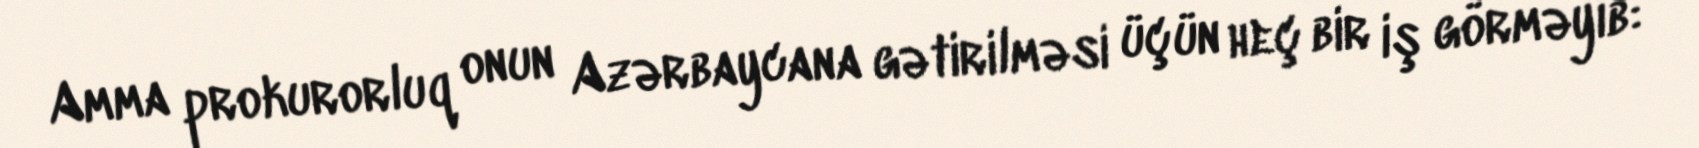
Amma prokurorluq onun Azərbaycana gətirilməsi üçün heç bir iş görməyib: